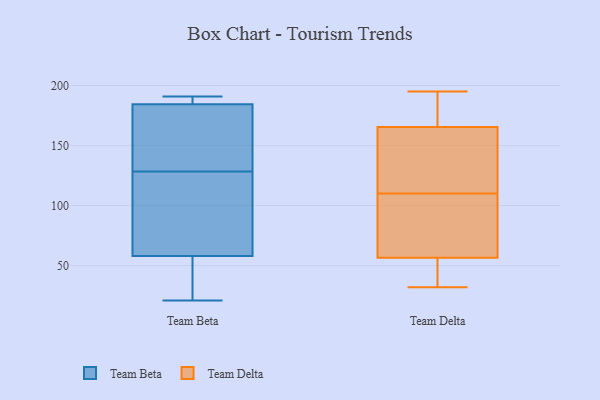
{"axis": {"x": "Waste Production (Tons)", "y": "Value"}, "legend": ["Team Beta", "Team Delta"], "data": [{"x": "", "y": 185, "type": "Team Beta"}, {"x": "", "y": 21, "type": "Team Beta"}, {"x": "", "y": 57, "type": "Team Beta"}, {"x": "", "y": 59, "type": "Team Beta"}, {"x": "", "y": 53, "type": "Team Beta"}, {"x": "", "y": 162, "type": "Team Beta"}, {"x": "", "y": 136, "type": "Team Beta"}, {"x": "", "y": 102, "type": "Team Beta"}, {"x": "", "y": 184, "type": "Team Beta"}, {"x": "", "y": 187, "type": "Team Beta"}, {"x": "", "y": 191, "type": "Team Beta"}, {"x": "", "y": 121, "type": "Team Beta"}, {"x": "", "y": 158, "type": "Team Delta"}, {"x": "", "y": 154, "type": "Team Delta"}, {"x": "", "y": 152, "type": "Team Delta"}, {"x": "", "y": 168, "type": "Team Delta"}, {"x": "", "y": 84, "type": "Team Delta"}, {"x": "", "y": 110, "type": "Team Delta"}, {"x": "", "y": 193, "type": "Team Delta"}, {"x": "", "y": 42, "type": "Team Delta"}, {"x": "", "y": 32, "type": "Team Delta"}, {"x": "", "y": 97, "type": "Team Delta"}, {"x": "", "y": 54, "type": "Team Delta"}, {"x": "", "y": 51, "type": "Team Delta"}, {"x": "", "y": 149, "type": "Team Delta"}, {"x": "", "y": 170, "type": "Team Delta"}, {"x": "", "y": 188, "type": "Team Delta"}, {"x": "", "y": 89, "type": "Team Delta"}, {"x": "", "y": 36, "type": "Team Delta"}, {"x": "", "y": 64, "type": "Team Delta"}, {"x": "", "y": 195, "type": "Team Delta"}]}